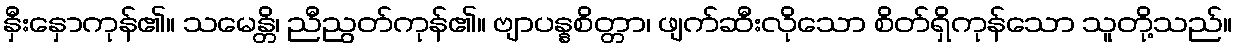
နှီးနှောကုန်၏။ သမေန္တိ၊ ညီညွတ်ကုန်၏။ ဗျာပန္နစိတ္တာ၊ ဖျက်ဆီးလိုသော စိတ်ရှိကုန်သော သူတို့သည်။